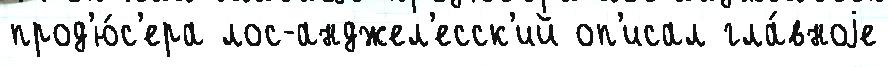
прод'ю́с'ера лос-анджел'есск'ий оп'исал гла́вноjе